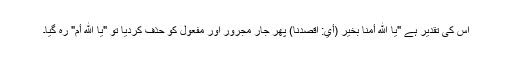
اس کی تقدیر ہے "يا الله أمَّنا بخير (أي: اقصدنا) پھر جار مجرور اور مفعول کو حذف کردیا تو "یا الله أمّ" رہ گیا۔